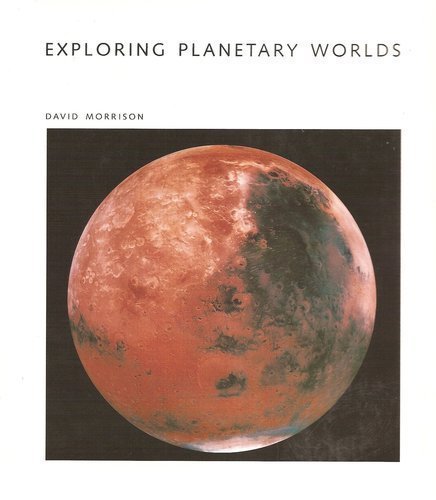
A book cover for Exploring Planetary Worlds (Scientific American Library); David Morrison; Science & Math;